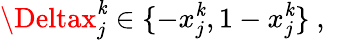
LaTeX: \Deltax_{j}^{\mathit{k}}\in\{ -x_{j}^{\mathit{k}},1-x_{j}^{\mathit{k}}\} \mathrm{{~,~}}